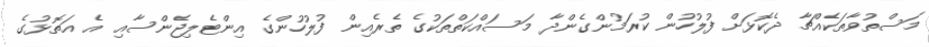
މަސްތުވާތަކެއްޗާ ދެކޮޅަށް ފުލުހުން ކުރަމުންގެންދާ މަސައްކަތްތަކުގެ ތެރެއިން ފުލުހުންގެ އިންޓެލިޖެންސާއި އެ އަތޮޅުގެ